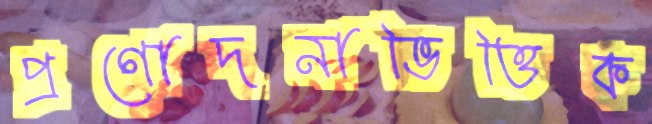
প্রণোদনাভিত্তিক